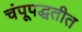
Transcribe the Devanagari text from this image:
चंपूपद्धतीत